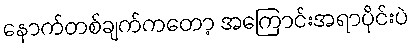
နောက်တစ်ချက်ကတော့ အကြောင်းအရာပိုင်းပဲ